Subject: physics
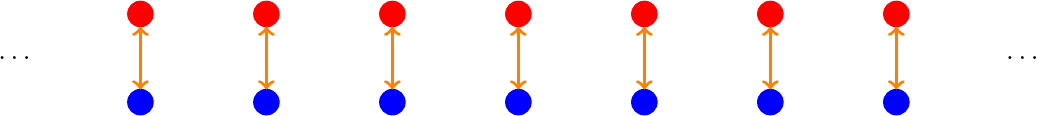
LaTeX code:
\begin{tikzpicture}
    \begin{scope}[scale=1.6,yshift=0cm]
    \foreach \x in {-3,...,3}{
    \fill[blue] (\x,0) circle [radius=3pt];
    \fill[red] (\x,0.7) circle [radius=3pt];
   \draw[<->,orange,very thick] (\x,0.1)--(\x,0.6);
    }
    \node at (-4,0.35) {$\ldots$};
    \node at (4,0.35) {$\ldots$};
    \end{scope}
\end{tikzpicture}